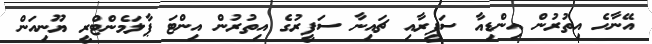
އޭނާހެ އިތުރުން އިންޑިއާ ސަފީރާއި ޗައިނާ ސަފީރުގެ އިތުރުން އިންޓަ ޕާލަމެންޓްރީ ޔޫނިއަން